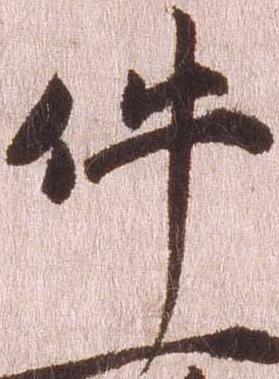
件